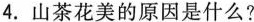
4. 山茶花美的原因是什么?